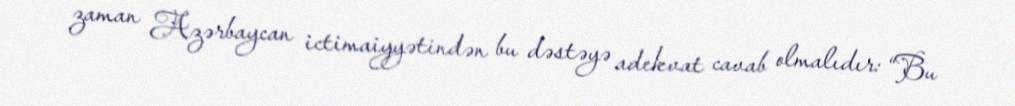
zaman Azərbaycan ictimaiyyətindən bu dəstəyə adekvat cavab olmalıdır: “Bu